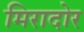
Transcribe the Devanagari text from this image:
मिरादोर